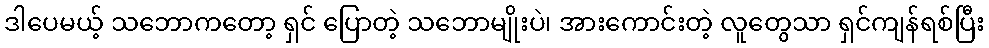
ဒါပေမယ့် သဘောကတော့ ရှင် ပြောတဲ့ သဘောမျိုးပဲ၊ အားကောင်းတဲ့ လူတွေသာ ရှင်ကျန်ရစ်ပြီး